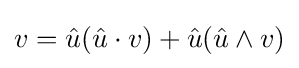
v={\hat {u}}({\hat {u}}\cdot v)+{\hat {u}}({\hat {u}}\wedge v)